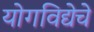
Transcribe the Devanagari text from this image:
योगविद्येचे